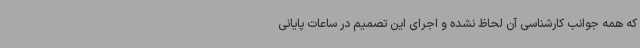
که همه جوانب کارشناسی آن لحاظ نشده و اجرای این تصمیم در ساعات پایانی